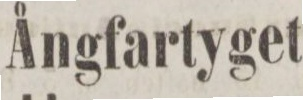
Ångfartyget